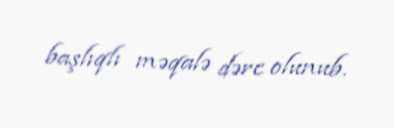
başlıqlı məqalə dərc olunub.